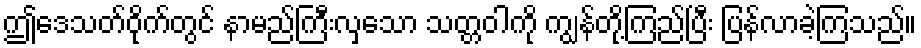
ဤဒေသတ်ဝိုက်တွင် နာမည်ကြီးလှသော သတ္တဝါကို ကျွန်တို့ကြည်ပြီး ပြန်လာခဲ့ကြသည်။